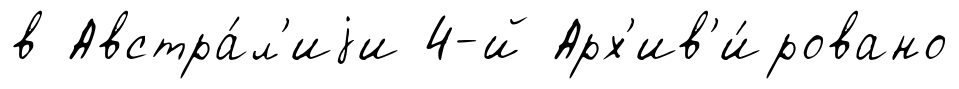
в Австра́л'иjи 4-й Арх'ив'и́ровано